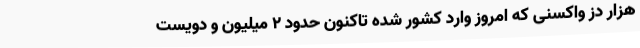
هزار دُز واکسنی که امروز وارد کشور شده تاکنون حدود ۲ میلیون و دویست